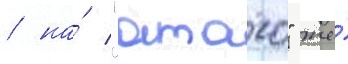
/ на́ "атаго" же́